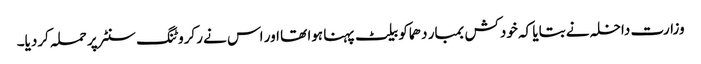
وزارت داخلہ نے بتایا کہ خودکش بمبار دھماکو بیلٹ پہنا ہوا تھا اور اس نے رکروٹنگ سنٹر پر حملہ کردیا۔